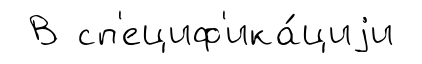
В сп'ециф'ика́циjи